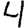
Digit: 4